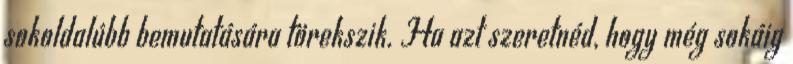
sokoldalúbb bemutatására törekszik. Ha azt szeretnéd, hogy még sokáig